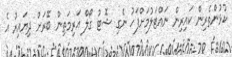
ކުޅުންތެރިން ކައިރިން ނައްޓަލުމަށްފަހު ނެގި ޝޮޓު ގޯލް އަރިމަތިން ބޭރަށް ދިޔައިރު އެ